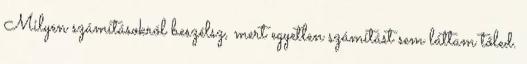
Milyen számításokról beszélsz, mert egyetlen számítást sem láttam tőled.